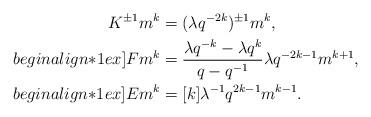
LaTeX: \begin{align*} K^{\pm 1} m^k &= (\lambda q^{-2k})^{\pm 1}m^k ,\\begin{align*}1ex]Fm^k &= \frac{\lambda q^{-k} - \lambda q^{k}}{q-q^{-1}}\lambda q^{-2k-1}m^{k+1} , \\begin{align*}1ex] Em^{k} &= [k] \lambda^{-1} q^{2k-1} m^{k-1} .\end{align*}